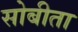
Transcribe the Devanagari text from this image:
सोबीता